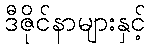
ဒီဇိုင်နာများနှင့်